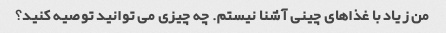
من زیاد با غذاهای چینی آشنا نیستم. چه چیزی می توانید توصیه کنید؟